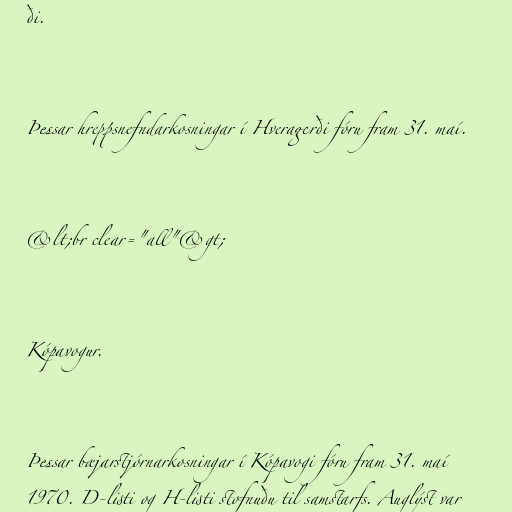
ði.

Þessar hreppsnefndarkosningar í Hveragerði fóru fram 31. maí.

&lt;br clear="all"&gt;

Kópavogur.

Þessar bæjarstjórnarkosningar í Kópavogi fóru fram 31. maí
1970. D-listi og H-listi stofnuðu til samstarfs. Auglýst var